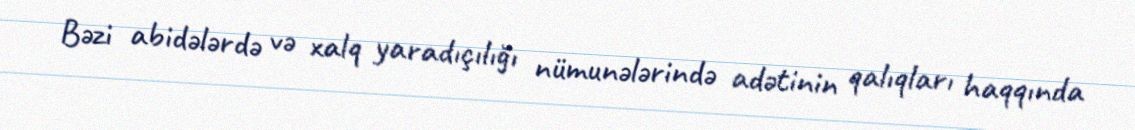
Bəzi abidələrdə və xalq yaradıçılığı nümunələrində adətinin qalıqları haqqında